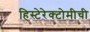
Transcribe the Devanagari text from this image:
हिस्टेरेक्टोमीची